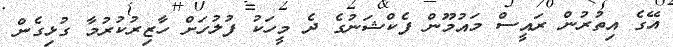
އޭގެ އިތުރުން ރައީސް މައުމޫން ފެކްޝަނުގެ ދެ މީހަކު ފުލުހަށް ހާޒިރުކުރުމާ ގުޅިގެން